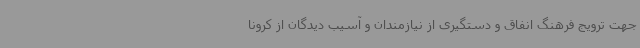
جهت ترویج فرهنگ انفاق و دستگیری از نیازمندان و آسیب دیدگان از کرونا